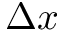
\Delta x